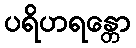
ပရိဟရန္တော